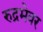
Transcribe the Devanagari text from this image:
रुद्रमेवर